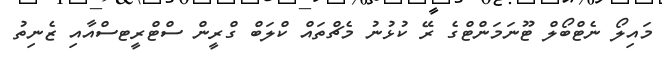
މައިލޯ ނެޓްބޯލް ޓޫނަމަންޓްގެ ރޭ ކުޅުނު މެޗްތައް ކްލަބް ގްރީން ސްޓްރީޓސްއާއި ޒެނިތު